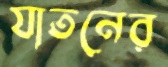
যাতনের